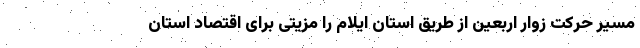
مسیر حرکت زوار اربعین از طریق استان ایلام را مزیتی برای اقتصاد استان